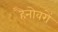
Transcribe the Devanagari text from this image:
हैनोवरों